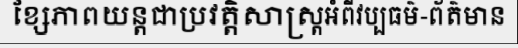
ខ្សែភាពយន្តជាប្រវត្តិសាស្ត្រអំពីវប្បធម៌-ព័ត៌មាន